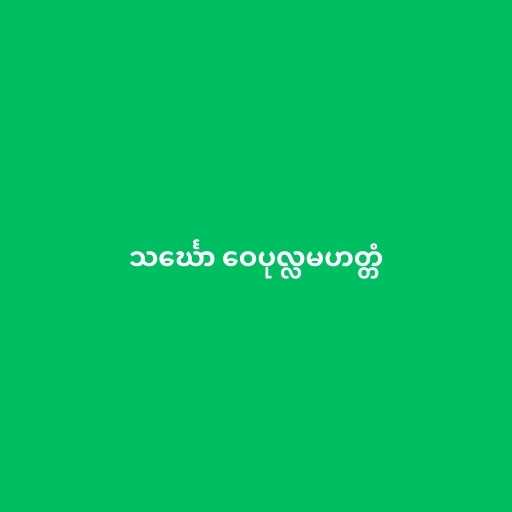
သင်္ဃော ဝေပုလ္လမဟတ္တံ